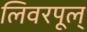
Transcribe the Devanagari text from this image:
लिवरपूल्